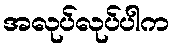
အလုပ်လုပ်ပါက